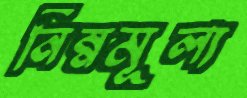
নিম্নমূল্য